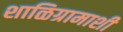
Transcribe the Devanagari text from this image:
शाळिग्रामाशी